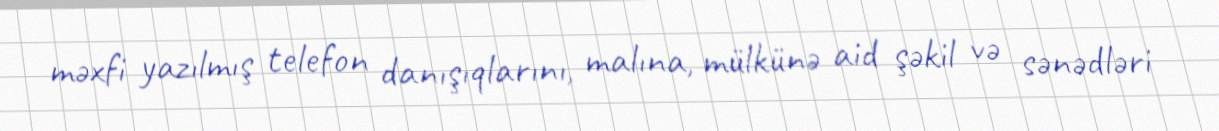
məxfi yazılmış telefon danışıqlarını, malına, mülkünə aid şəkil və sənədləri